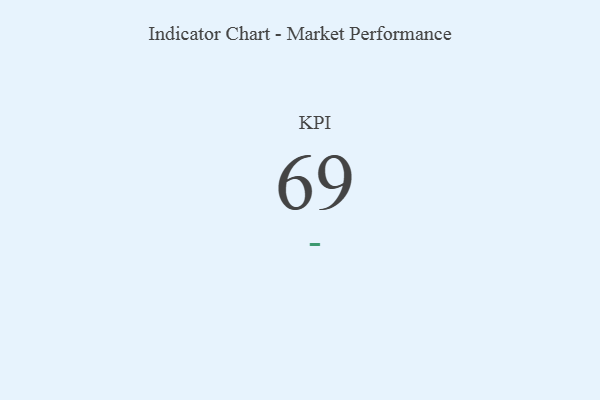
{"axis": {"x": "KPI", "y": "Value"}, "legend": [""], "data": [{"x": "KPI", "y": 69, "type": ""}]}